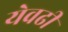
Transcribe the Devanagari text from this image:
येवढी